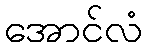
အောင်လံ